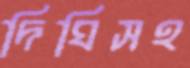
দিঘিসহ